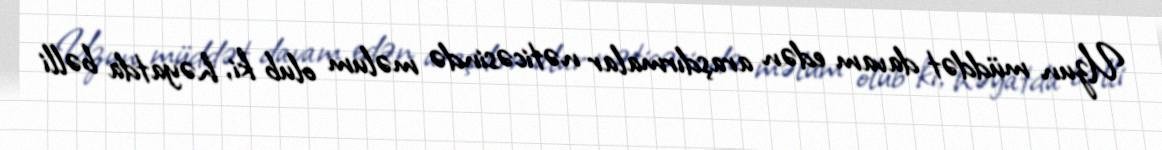
Uzun müddət davam edən araşdırmalar nəticəsində məlum olub ki, həyatda bəlli